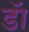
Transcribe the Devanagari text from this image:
डॅा